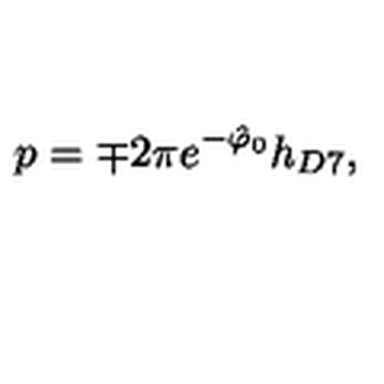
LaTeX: p = \mp 2 \pi e ^ { - \hat { \varphi } _ { 0 } } h _ { D 7 } ,